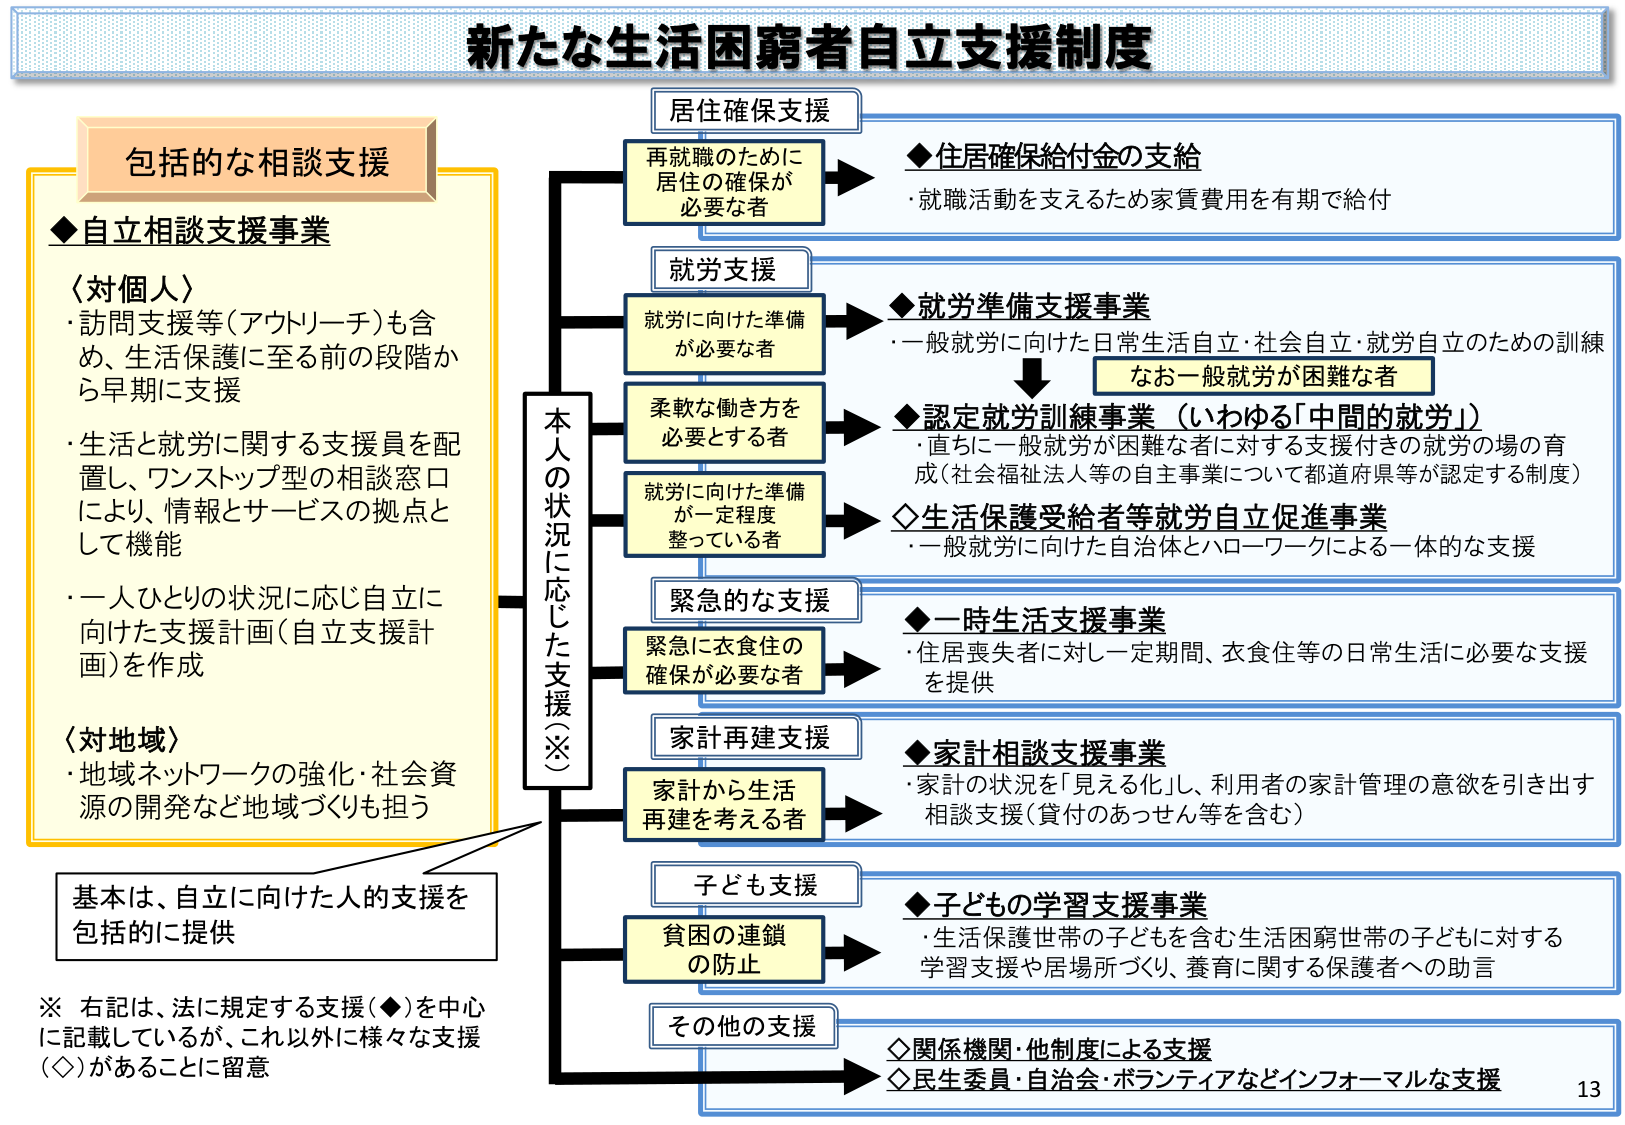
新たな生活困窮者自立支援制度

包括的な相談支援

◆自立相談支援事業
〈対個人〉
・訪問支援等（アウトリーチ）も含め、生活保護に至る前の段階から早期に支援
・生活と就労に関する支援員を配置し、ワンストップ型の相談窓口により、情報とサービスの拠点として機能
・一人ひとりの状況に応じ自立に向けた支援計画（自立支援計画）を作成
〈対地域〉
・地域ネットワークの強化・社会資源の開発など地域づくりも担う

基本は、自立に向けた人的支援を包括的に提供

※ 右記は、法に規定する支援（◆）を中心に記載しているが、これ以外に様々な支援（◇）があることに留意

本人の状況に応じた支援（※）

居住確保支援
再就職のために居住の確保が必要な者
◆居住確保給付金の支給
・就職活動を支えるため家賃費用を有期で給付

就労支援
就労に向けた準備が必要な者
◆就労準備支援事業
・一般就労に向けた日常生活自立・社会自立・就労自立のための訓練

なお一般就労が困難な者
◆認定就労訓練事業（いわゆる「中間的就労」）
・直ちに一般就労が困難な者に対する支援付きの就労の場の育成（社会福祉法人等の自主事業について都道府県等が認定する制度）

柔軟な働き方を必要とする者
◇生活保護受給者等就労自立促進事業
・一般就労に向けた自治体とハローワークによる一体的な支援

就労に向けた準備が一定程度整っている者

緊急的な支援
緊急に衣食住の確保が必要な者
◆一時生活支援事業
・住居喪失者に対し一定期間、衣食住等の日常生活に必要な支援を提供

家計再建支援
家計から生活再建を考える者
◆家計相談支援事業
・家計の状況を「見える化」し、利用者の家計管理の意欲を引き出す相談支援（貸付のあっせん等を含む）

子ども支援
貧困の連鎖の防止
◆子どもの学習支援事業
・生活保護世帯の子どもを含む生活困窮世帯の子どもに対する学習支援や居場所づくり、養育に関する保護者への助言

その他の支援
◇関係機関・他制度による支援
◇民生委員・自治会・ボランティアなどインフォーマルな支援

13